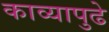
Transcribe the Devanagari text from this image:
काव्यापुढे